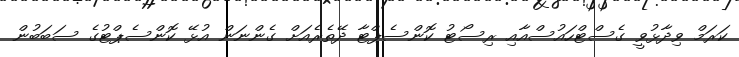
ކަރަމް ވިދާޅުވީ ގެސްޓްހައުސްއާއި ރިސޯޓު ކޮންސެޕްޓާ ދޭތެރެއަށް ގެންނަން އުޅޭ ކޮންސެޕްޓުގެ ސަބަބުން